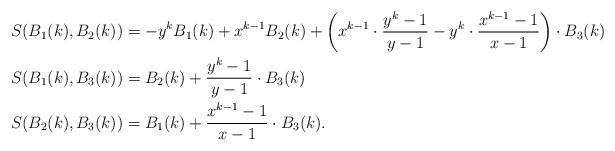
LaTeX: \begin{align*}\begin{aligned}S(B_1(k),B_2(k))&=-y^kB_1(k)+x^{k-1}B_2(k)+\left (x^{k-1}\cdot \frac{y^k-1}{y-1}-y^k\cdot\frac{x^{k-1}-1}{x-1}\right )\cdot B_3(k)\\S(B_1(k),B_3(k))&=B_2(k)+\frac{y^k-1}{y-1}\cdot B_3(k)\\S(B_2(k),B_3(k))&=B_1(k)+\frac{x^{k-1}-1}{x-1}\cdot B_3(k).\end{aligned}\end{align*}